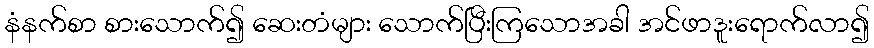
နံနက်စာ စားသောက်၍ ဆေးတံများ သောက်ပြီးကြသောအခါ အင်ဖာဒူးရောက်လာ၍